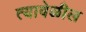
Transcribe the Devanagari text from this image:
त्यावेळील